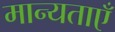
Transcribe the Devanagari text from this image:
मान्‍यताएँ